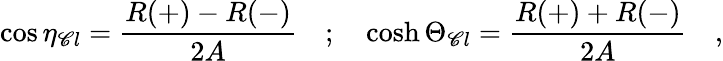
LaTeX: \cos\eta_{\mathscr{C}l}=\frac{{R(+)-R(-)}}{{2A}}\quad;\quad\cosh\Theta_{\mathscr{C}l}=\frac{{R(+)+R(-)}}{{2A}}\quad,